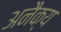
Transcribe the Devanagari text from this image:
अनैक्य